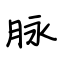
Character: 脉